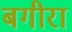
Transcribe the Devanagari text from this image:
बगीरा